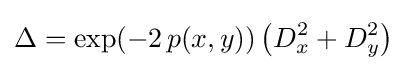
\Delta =\exp(-2\,p(x,y))\left(D_{x}^{2}+D_{y}^{2}\right)